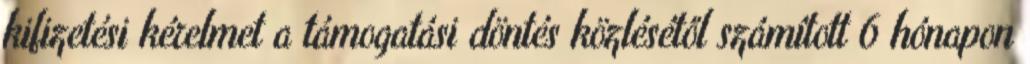
kifizetési kérelmet a támogatási döntés közlésétől számított 6 hónapon